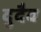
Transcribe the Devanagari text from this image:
दुदैव